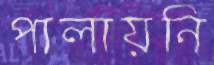
পালায়নি